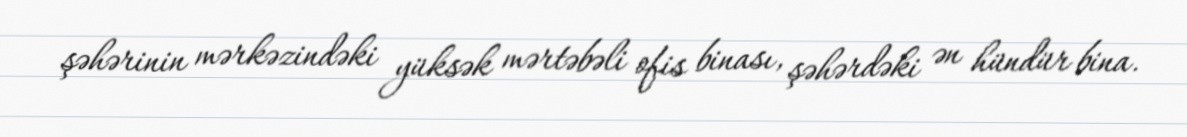
şəhərinin mərkəzindəki yüksək mərtəbəli ofis binası, şəhərdəki ən hündür bina.